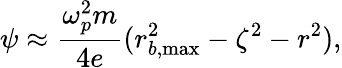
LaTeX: \psi\approx\frac{\omega_{p}^{2}m}{4e}(r_{b,\mathrm{max}}^{2}-\zeta^{2}-r^{2}),